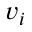
v _ { i }